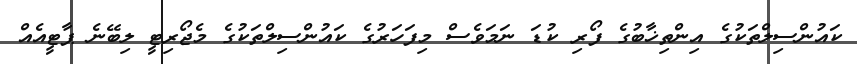
ކައުންސިލްތަކުގެ އިންތިޚާބުގެ ފޯރި ކުޑަ ނަމަވެސް މިފަހަރުގެ ކައުންސިލްތަކުގެ މެޖޯރިޓީ ލިބޭނެ ޕާޓީއެއް